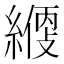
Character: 𦄱